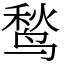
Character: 鹙